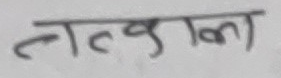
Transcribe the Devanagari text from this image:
लत्क्वाला